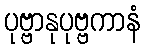
ပုဗ္ဗာနုပုဗ္ဗကာနံ